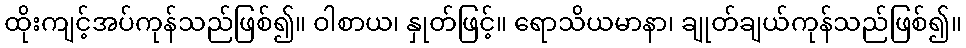
ထိုးကျင့်အပ်ကုန်သည်ဖြစ်၍။ ဝါစာယ၊ နှုတ်ဖြင့်။ ရောသိယမာနာ၊ ချုတ်ချယ်ကုန်သည်ဖြစ်၍။